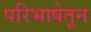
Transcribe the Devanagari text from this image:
परिभाषेतून